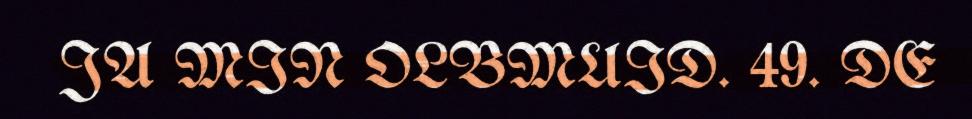
JA MIN OLBMUID. 49. DE